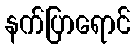
နက်ပြာရောင်